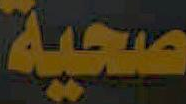
صحية